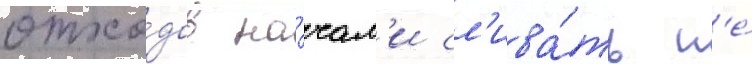
отхо́дов на́чал'и сл'ива́ть н'е́